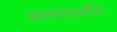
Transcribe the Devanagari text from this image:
कामगारवर्गीय